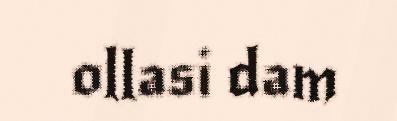
ollasi dam